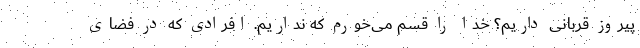
پیروز قربانی داریم؟ خدا را قسم می‌خورم که نداریم. افرادی که در فضای